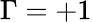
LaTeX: \Gamma=+1